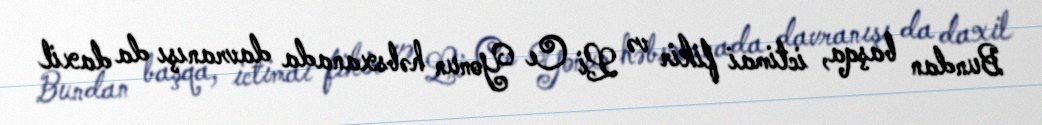
Bundan başqa, ictimai fikir və Li Ce Yonun həbsxanada davranışı da daxil